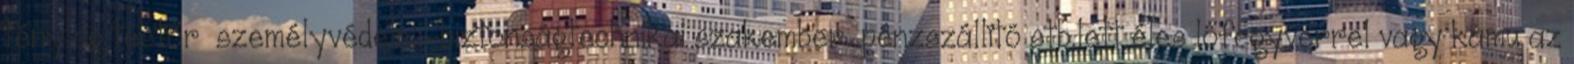
tényleg testőr személyvédelmi-biztonságtechnikai szakember pénzszállító stb.lett éles lőfegyverrel vagy kamu az